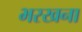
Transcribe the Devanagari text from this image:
भरखना